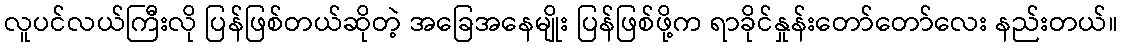
လူပင်လယ်ကြီးလို ပြန်ဖြစ်တယ်ဆိုတဲ့ အခြေအနေမျိုး ပြန်ဖြစ်ဖို့က ရာခိုင်နှုန်းတော်တော်လေး နည်းတယ်။